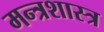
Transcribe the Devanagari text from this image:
मन्त्रशास्त्र